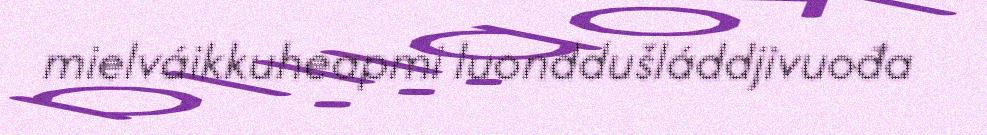
mielváikkuheapmi luonddušláddjivuođa